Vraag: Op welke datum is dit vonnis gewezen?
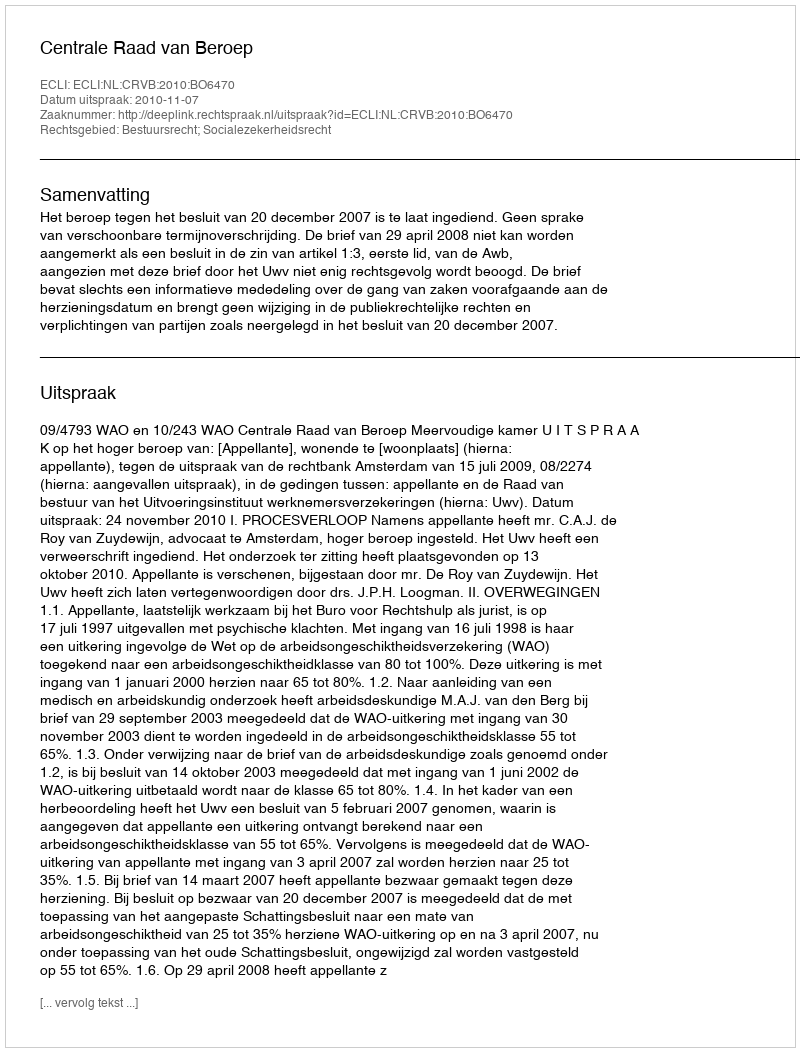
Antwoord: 2010-11-07